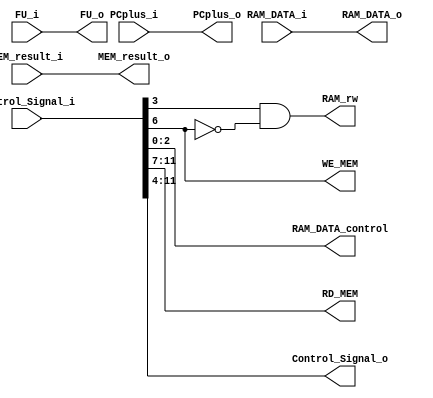
`timescale 1ns / 1ps
//////////////////////////////////////////////////////////////////////////////////
// Company: 
// Engineer: 
// 
// Design Name: 
// Module Name: MEM
// Project Name: 
// Target Devices: 
// Tool Versions: 
// Description: 
// 
// Dependencies: 
// 
// Revision:
// Revision 0.01 - File Created
// Additional Comments:
// 
//////////////////////////////////////////////////////////////////////////////////


module MEM#(parameter size = 32)(
    input [size-1 : 0] FU_i,
    input [size-1 : 0] RAM_DATA_i,
    input [size-1 : 0] PCplus_i,
    input [size-1 : 0] MEM_result_i,
    input [11 : 0] Control_Signal_i,
    
    output [size-1 : 0] RAM_DATA_o,
    output [2:0] RAM_DATA_control,
    output RAM_rw,
    
    output [4:0] RD_MEM,
    output WE_MEM,
    
    output [size-1 : 0] FU_o,
    output [size-1 : 0] MEM_result_o,
    output [size-1 : 0] PCplus_o,
    output [7 : 0] Control_Signal_o);
    
    
    
    assign RAM_DATA_o = RAM_DATA_i;
    assign RAM_DATA_control = Control_Signal_i[2:0];
    assign RAM_rw = Control_Signal_i[3] & ~Control_Signal_i[6];
    assign FU_o = FU_i;
    assign MEM_result_o = MEM_result_i;
    assign PCplus_o = PCplus_i;
    assign Control_Signal_o = Control_Signal_i[11:4];
    
    
    assign RD_MEM = Control_Signal_i[11:7];
    assign WE_MEM = Control_Signal_i[6];
    
   
endmodule